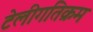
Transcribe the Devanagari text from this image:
टेलीगतिक्रम